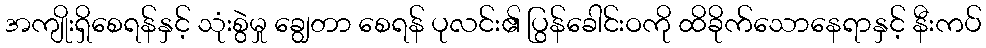
အကျိုးရှိစေရန်နှင့် သုံးစွဲမှု ချွေတာ စေရန် ပုလင်း၏ ပြွန်ခေါင်းဝကို ထိခိုက်သောနေရာနှင့် နီးကပ်